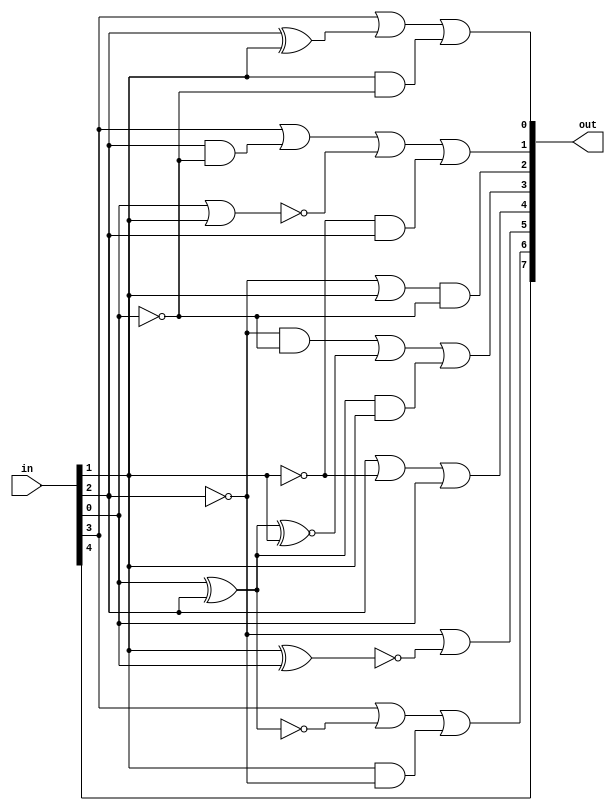
`timescale 1ns / 1ps
//////////////////////////////////////////////////////////////////////////////////
// Company: 
// Engineer: 
// 
// Design Name: 
// Module Name:    bcd2seven 
// Project Name: 
// Target Devices: 
// Tool versions: 
// Description: 
//
// Dependencies: 
//
// Revision: 
// Revision 0.01 - File Created
// Additional Comments: 
//
//////////////////////////////////////////////////////////////////////////////////
module bcd2seven(
	input [4:0] in,
	output [7:0] out
	);

	assign out[7] = in[4];
	assign out[6] = in[3] | ~(in[0]^in[2]) | (in[1] & ~in[2]);
	assign out[5] = ~in[2] | ~(in[1]^in[0]);
	assign out[4] = in[2] | (~in[1]) | in[0];
	assign out[3] = ~in[2] & ~in[0] | (in[2]^in[0])^~in[1] | (in[2]^in[0]) & in[1];
	assign out[2] = (~in[2] | in[1]) & ~in[0];
	assign out[1] = in[3] | (in[2] & ~in[0]) | ~(in[0] | in[1]) | (~in[1] & in[2]);
	assign out[0] = in[3] | (in[2]^in[1]) | in[1] & ~in[0];

endmodule